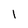
Character: 1